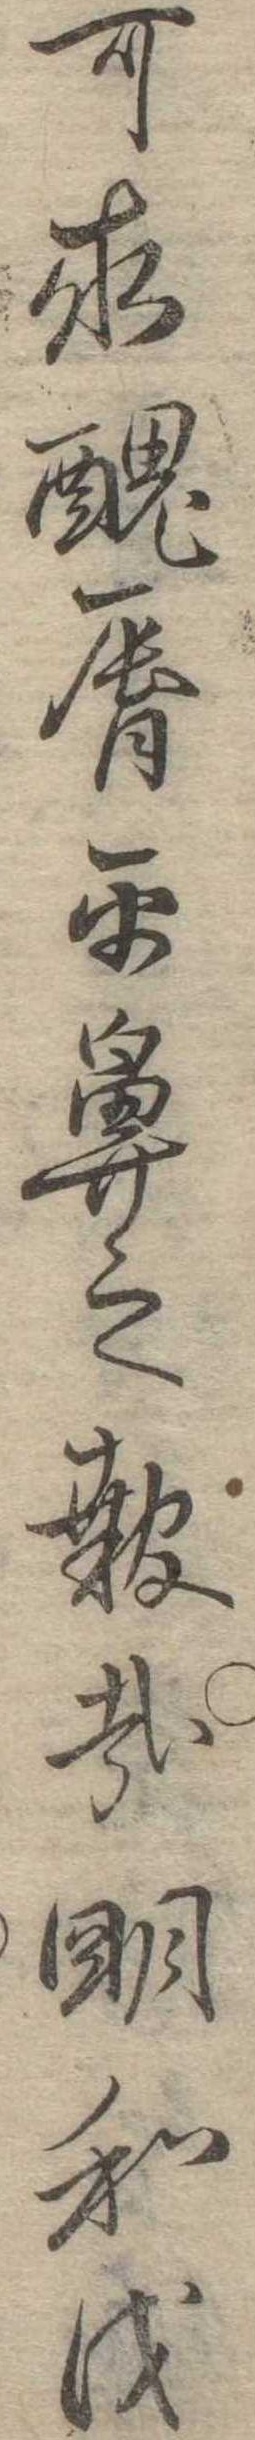
可求醜唇平鼻之報哉明和戊